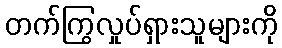
တက်ကြွလှုပ်ရှားသူများကို